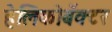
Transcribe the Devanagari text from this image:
हेलिकोबॅक्टर